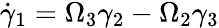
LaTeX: \dot{\gamma}_{1}=\Omega_{3}\gamma_{2}-\Omega_{2}\gamma_{3}